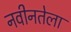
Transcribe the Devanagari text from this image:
नवीनतेला